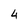
Character: 4